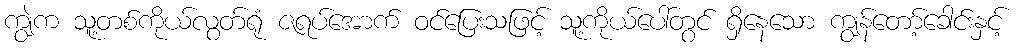
ကျွဲက သူ့တစ်ကိုယ်လွတ်ရုံ ဇရပ်အောက် ဝင်ပြေးသဖြင့် သူ့ကိုယ်ပေါ်တွင် ရှိနေသော ကျွန်တော့်ခေါင်းနှင့်